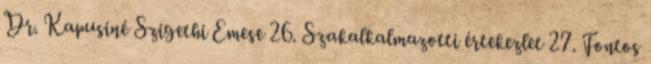
Dr. Kapusiné Szigethi Emese 26. Szakalkalmazotti értekezlet 27. Fontos